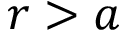
r > a